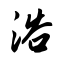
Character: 浴